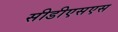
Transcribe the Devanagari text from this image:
सीडीएसएस